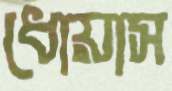
ধোয়াস